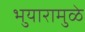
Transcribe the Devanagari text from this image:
भुयारामुळे